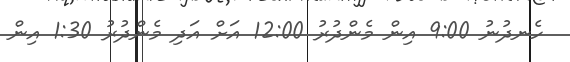
ހެނދުނު 9:00 އިން މެންދުރު 12:00 އަށް އަދި މެންދުރު 1:30 އިން